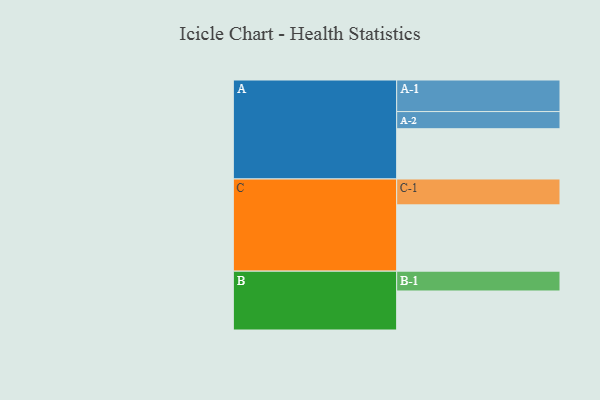
{"axis": {"x": "Segment", "y": "Value"}, "legend": ["", "A", "B", "C"], "data": [{"x": "A", "y": 398, "type": ""}, {"x": "B", "y": 309, "type": ""}, {"x": "C", "y": 525, "type": ""}, {"x": "A-1", "y": 250, "type": "A"}, {"x": "A-2", "y": 136, "type": "A"}, {"x": "B-1", "y": 157, "type": "B"}, {"x": "C-1", "y": 205, "type": "C"}]}